Madras plague regulations and rules - Volume 2
Disease focus: Plague
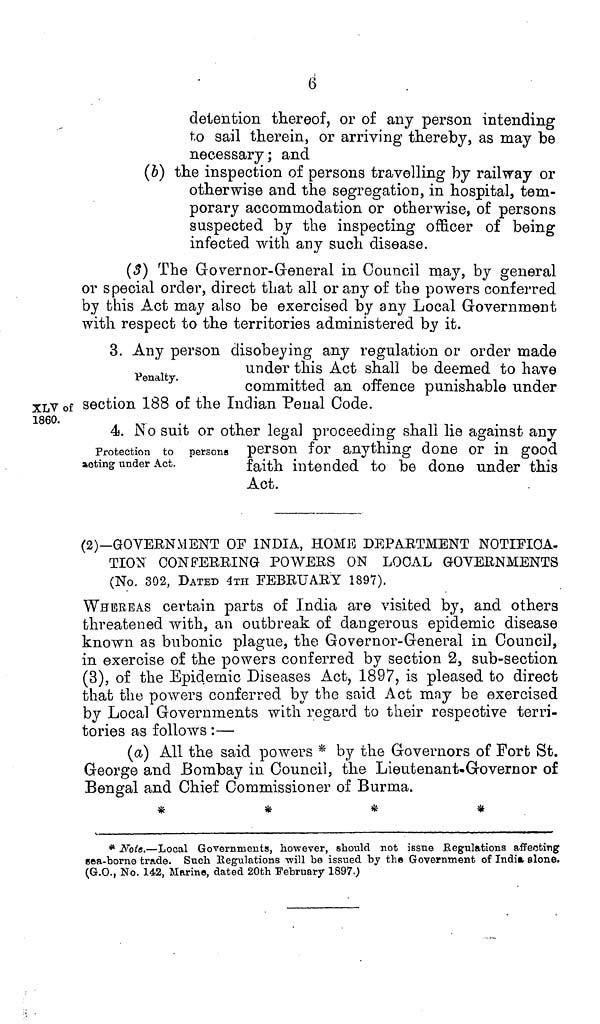
6
detention thereof, or of any person intending
to sail therein, or arriving thereby, as may be
necessary; and
(b) the inspection of persons travelling by railway or
otherwise and the segregation, in hospital, tem-
porary accommodation or otherwise, of persons
suspected by the inspecting officer of being
infected with any such disease.
(3) The Governor-General in Council may, by general
or special order, direct that all or any of the powers conferred
by this Act may also be exercised by any Local Government
with respect to the territories administered by it.
Penalty.
3. Any person disobeying any regulation or order made
under this Act shall be deemed to have
committed an offence punishable under
XLV of section 188 of the Indian Penal Code.
1860.
Protection to persons
acting under Act.
4. No suit or other legal proceeding shall lie against any
person for anything done or in good
faith intended to be done under this
Act.
(2)—GOVERNMENT OF INDIA, HOME DEPARTMENT NOTIFICA-
TION CONFERRING POWERS ON LOCAL GOVERNMENTS
(No. 302, DATED 4TH FEBRUARY 1897).
WHEREAS certain parts of India are visited by, and others
threatened with, an outbreak of dangerous epidemic disease
known as bubonic plague, the Governor-General in Council,
in exercise of the powers conferred by section 2, sub-section
(3), of the Epidemic Diseases Act, 1897, is pleased to direct
that the powers conferred by the said Act may be exercised
by Local Governments with regard to their respective terri-
tories as follows :—
(a) All the said powers * by the Governors of Fort St.
George and Bombay in Council, the Lieutenant-Governor of
Bengal and Chief Commissioner of Burma.
*
*
*
*
* Note.—Local Governments, however, should not issue Regulations affecting
sea-borne trade. Such Regulations will be issued by the Government of India alone.
(G.O., No. 142, Marine, dated 20th February 1897.)